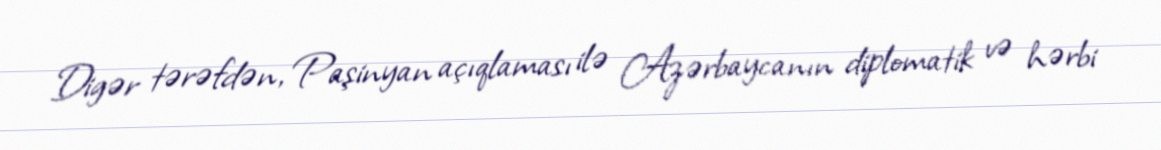
Digər tərəfdən, Paşinyan açıqlaması ilə Azərbaycanın diplomatik və hərbi